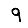
Digit: 9